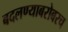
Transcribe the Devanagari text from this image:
बदलण्याबरोबरच